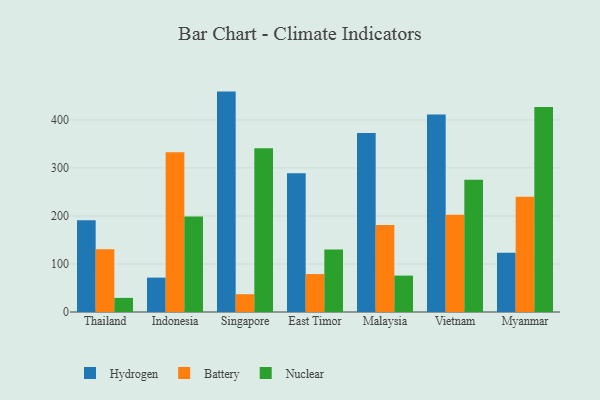
{"axis": {"x": "Country", "y": "Demand Index"}, "legend": ["Battery", "Hydrogen", "Nuclear"], "data": [{"x": "Thailand", "y": 190.9, "type": "Hydrogen"}, {"x": "Thailand", "y": 130.6, "type": "Battery"}, {"x": "Thailand", "y": 29.4, "type": "Nuclear"}, {"x": "Indonesia", "y": 71.6, "type": "Hydrogen"}, {"x": "Indonesia", "y": 332.6, "type": "Battery"}, {"x": "Indonesia", "y": 198.8, "type": "Nuclear"}, {"x": "Singapore", "y": 459.0, "type": "Hydrogen"}, {"x": "Singapore", "y": 37.0, "type": "Battery"}, {"x": "Singapore", "y": 340.8, "type": "Nuclear"}, {"x": "East Timor", "y": 289.0, "type": "Hydrogen"}, {"x": "East Timor", "y": 79.0, "type": "Battery"}, {"x": "East Timor", "y": 130.4, "type": "Nuclear"}, {"x": "Malaysia", "y": 372.7, "type": "Hydrogen"}, {"x": "Malaysia", "y": 181.0, "type": "Battery"}, {"x": "Malaysia", "y": 75.8, "type": "Nuclear"}, {"x": "Vietnam", "y": 411.1, "type": "Hydrogen"}, {"x": "Vietnam", "y": 202.5, "type": "Battery"}, {"x": "Vietnam", "y": 275.5, "type": "Nuclear"}, {"x": "Myanmar", "y": 123.3, "type": "Hydrogen"}, {"x": "Myanmar", "y": 239.9, "type": "Battery"}, {"x": "Myanmar", "y": 426.7, "type": "Nuclear"}]}